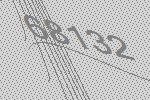
68132